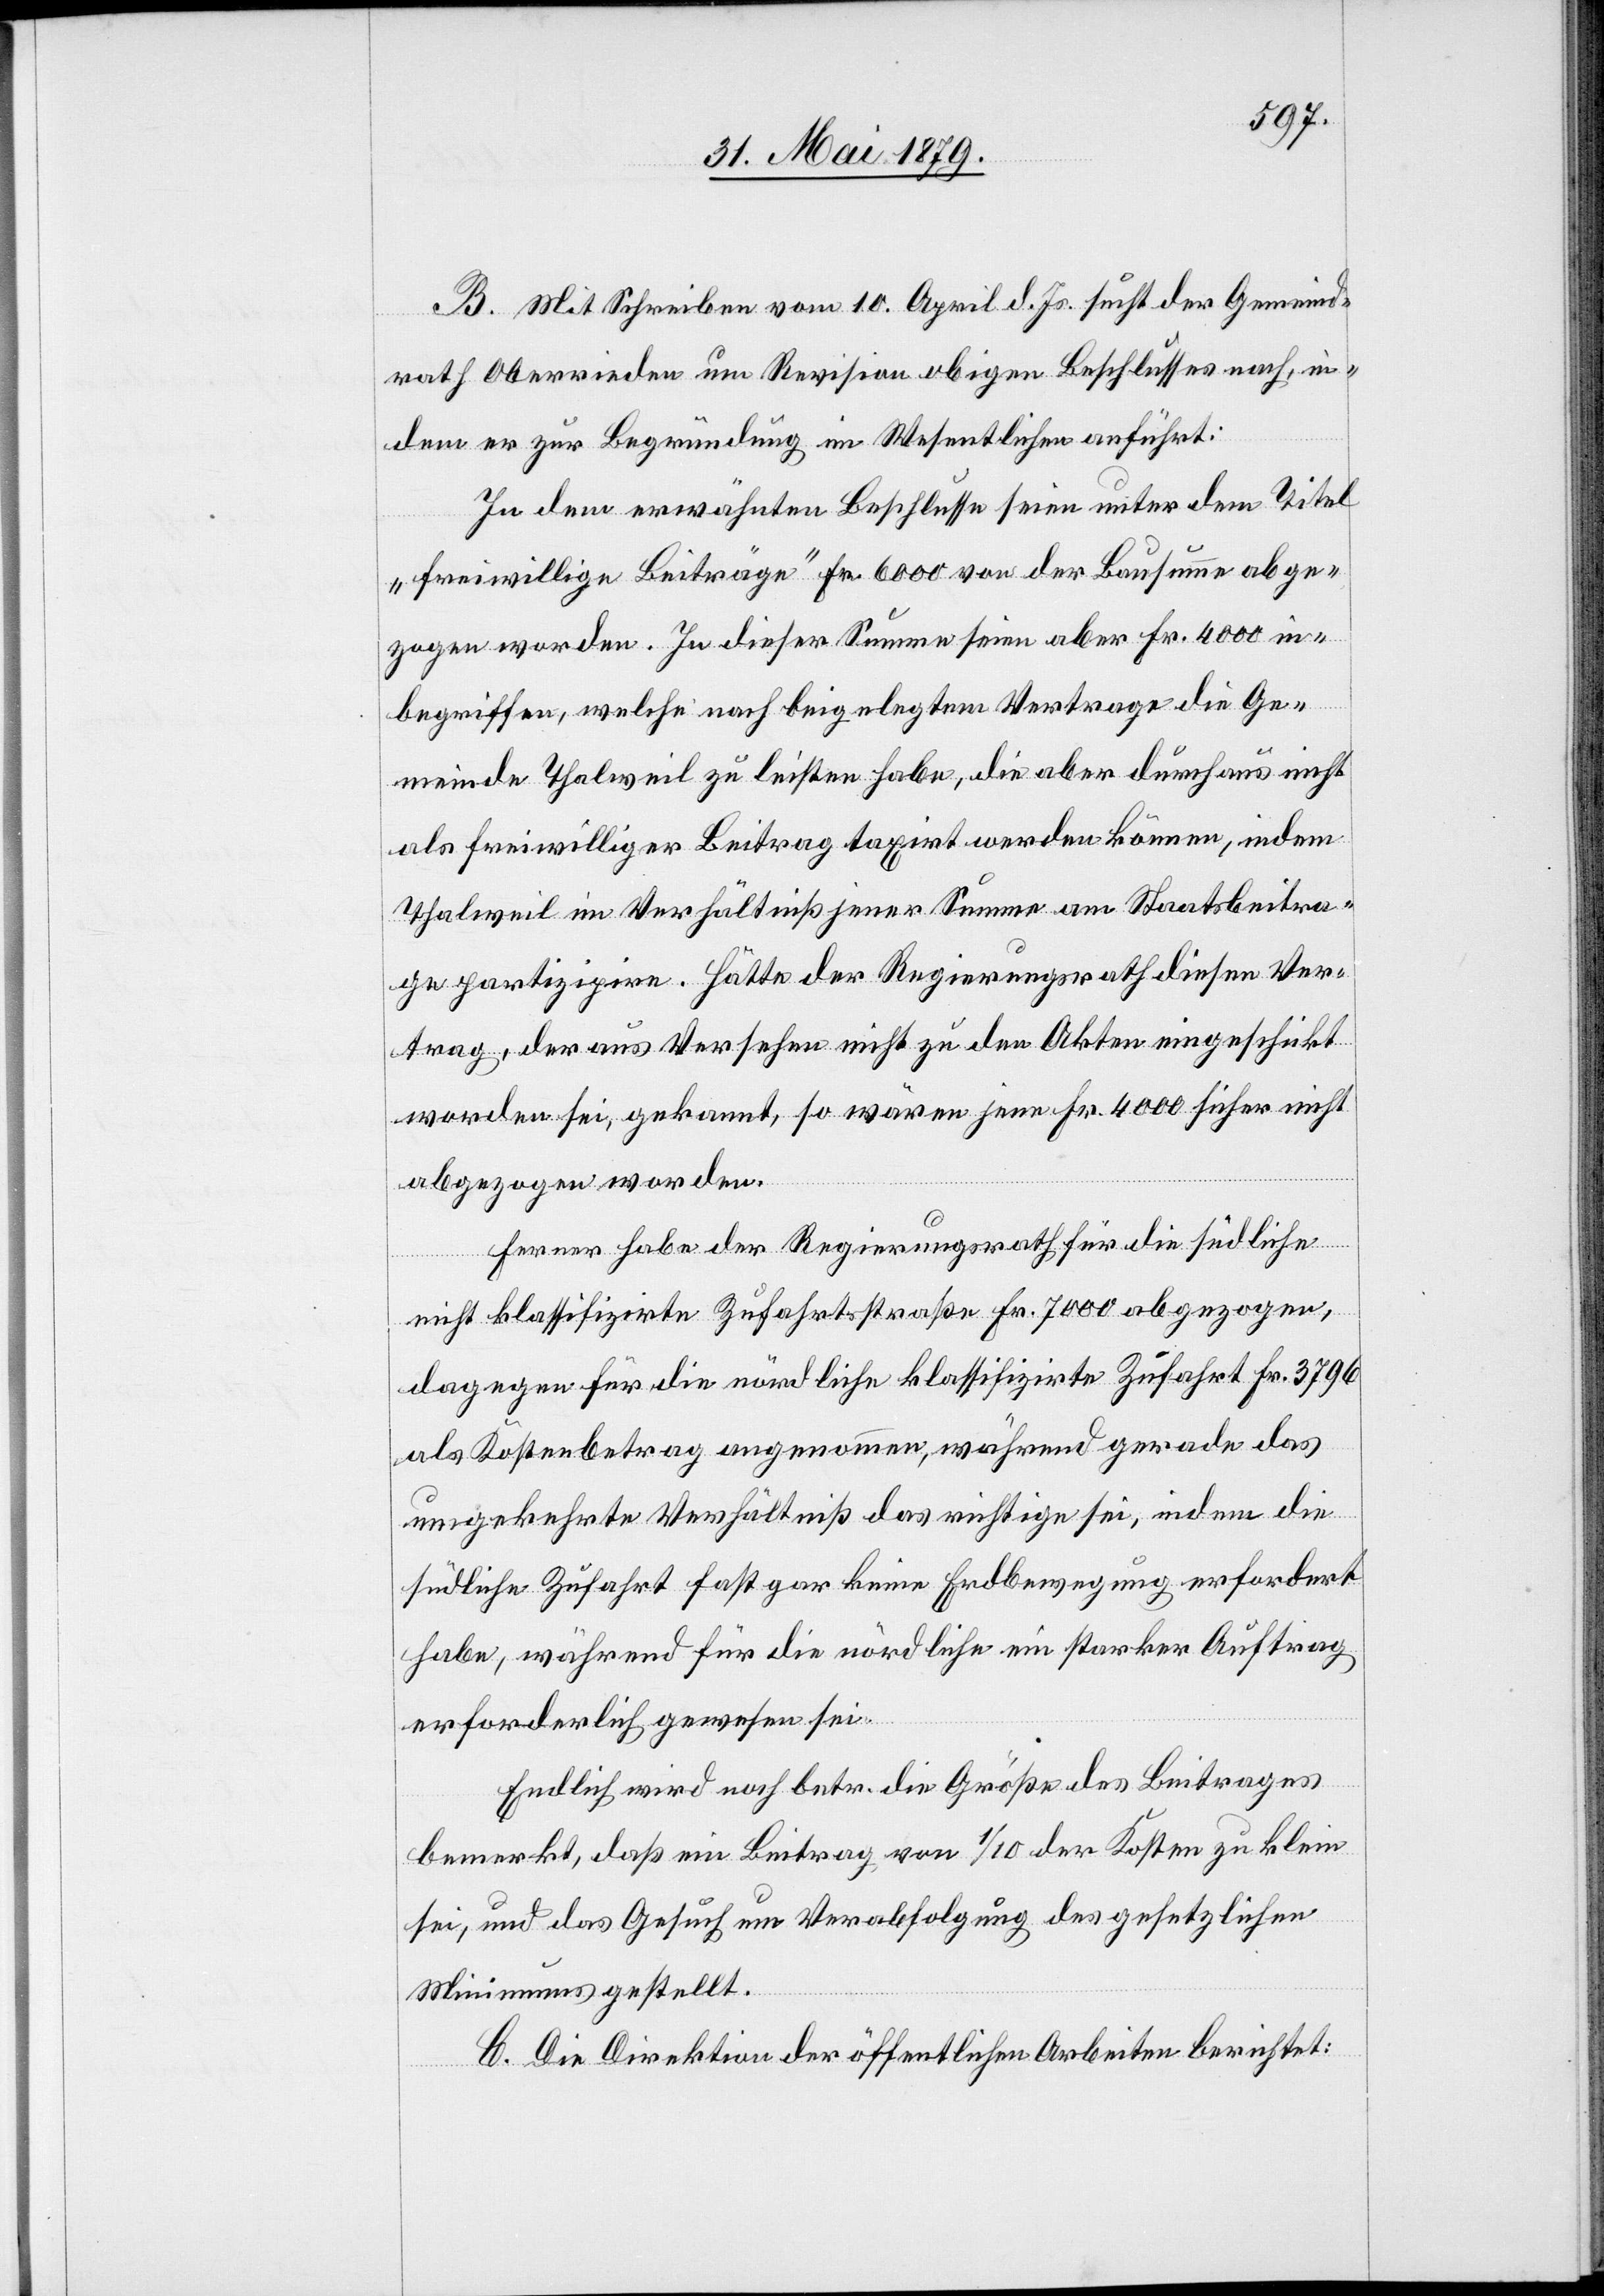
B. Mit Schreiben vom 10. April d. Js. sucht der Gemeind¬
rath Oberrieden um Revision obigen Beschlusses nach, in¬
dem er zur Begründung im Wesentlichen anführt:
In dem erwähnten Beschlusse seien unter dem Titel
„freiwillige Beiträge“ Fr. 6000 von der Bausumme abge¬
zogen worden. In dieser Summe seien aber Fr. 4000 in¬
begriffen, welche nach beigelegtem Vertrage die Ge¬
meinde Thalweil zu leisten habe, die aber durchaus nicht
als freiwilliger Beitrag taxirt werden können, indem
Thalweil im Verhältniß jener Summe am Staatsbeitra¬
ge partizipire. Hätte der Regierungsrath diesen Ver¬
trag, der aus Versehen nicht zu den Akten eingeschickt
worden sei, gekannt, so wären jene Fr. 4000 sicher nicht
abgezogen worden.
Ferner habe der Regierungsrath für die südliche
nicht klassifizirte Zufahrtsstraße Fr. 7000 abgezogen,
dagegen für die nördliche klassifizirte Zufahrt Fr. 3796
als Kostenbetrag angenommen, während gerade das
umgekehrte Verhältniß das richtige sei, indem die
südliche Zufahrt fast gar keine Erdbewegung erfordert
habe, während für die nördliche ein starker Auftrag
erforderlich gewesen sei.
Endlich wird noch betr. die Größe des Beitrages
bemerkt, daß ein Beitrag von 1/10 der Kosten zu klein
sei, und das Gesuch um Verabfolgung des gesetzlichen
Minimums gestellt.
C. Die Direktion der öffentlichen Arbeiten berichtet: